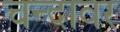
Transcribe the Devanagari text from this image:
चन्दावर